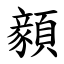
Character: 顡